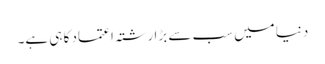
دنیا میں سب سے بڑا رشتہ اعتماد کا ہی ہے۔